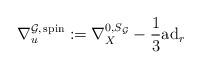
LaTeX: \begin{align*}\nabla^{\mathcal G ,\,\mathrm{spin}}_{u} := \nabla^{0, S_{\mathcal G}}_{X} -\frac{1}{3} \mathrm{ad}_{r} \end{align*}